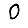
Digit: 0